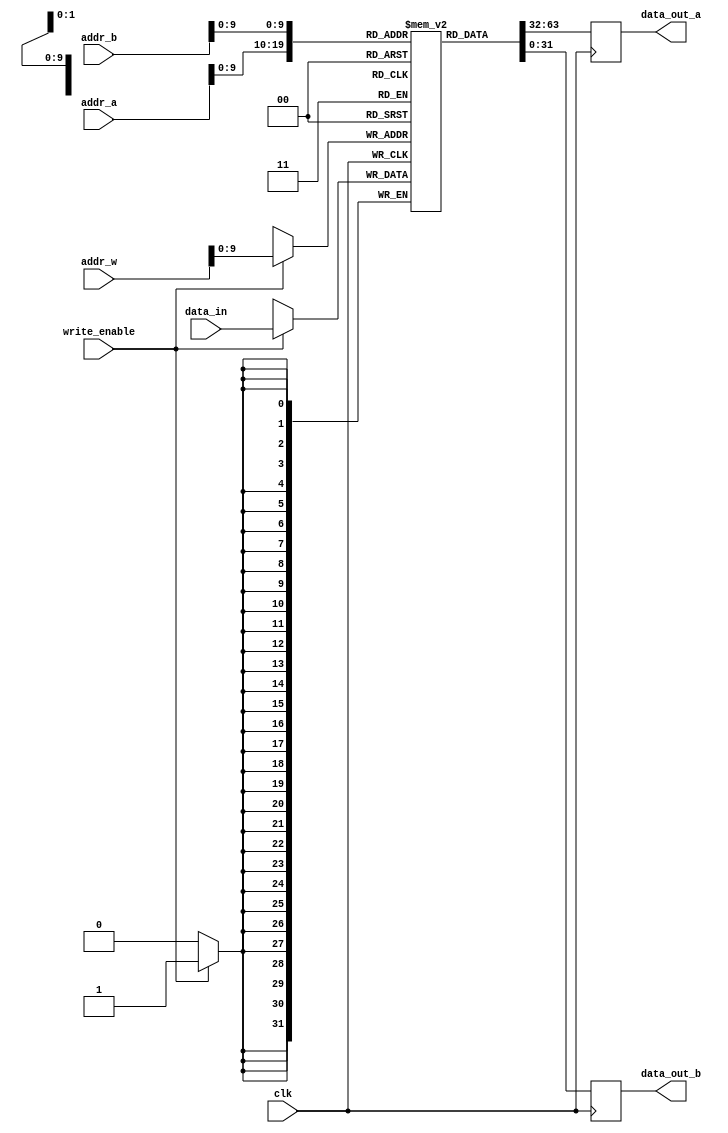
module register_file (
    input wire clk,
    input wire [10:0] addr_a, // Address for read port A
    input wire [10:0] addr_b, // Address for read port B
    input wire [10:0] addr_w, // Address for write port
    input wire [31:0] data_in, // Data input for write port
    input wire write_enable, // Write enable signal
    
    output reg [31:0] data_out_a, // Data output for read port A
    output reg [31:0] data_out_b // Data output for read port B
);

reg [31:0] memory [0:1023]; // Array of 1024 registers, each storing 32-bit data

always @(posedge clk) begin
    if (write_enable) begin
        memory[addr_w] <= data_in;
    end
    
    data_out_a <= memory[addr_a];
    data_out_b <= memory[addr_b];
end

endmodule